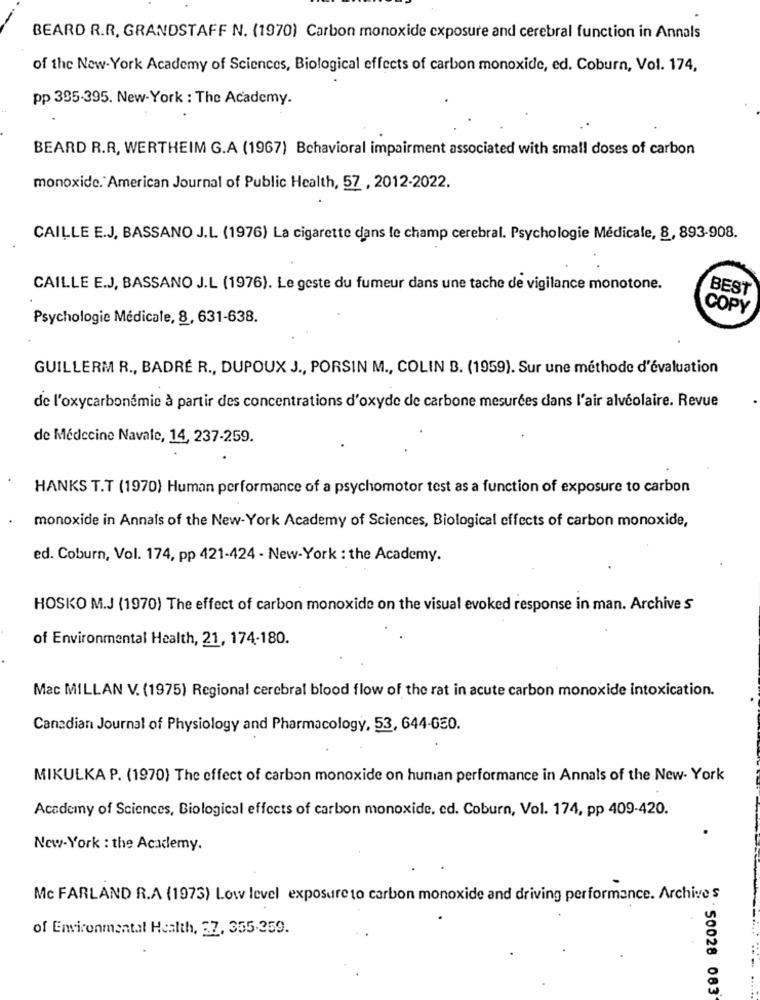
BEARD R.R. GRANDSTAFF N. (1970) Carbon monoxide exposure and cerebral function in Annals
of the New-York Academy of Sciences, Biological effects of carbon monoxide, ed. Coburn, Vol. 174,
pp 395-395. New-York : The Academy.
BEARD R.R, WERTHEIM G.A (1967) Behavioral impairment associated with small doses of carbon
monoxide.' American Journal of Public Health, 57 , 2012-2022.
CAILLE E.J, BASSANO J.L. (1976) La cigarette dans le champ cerebral. Psychologie Médicale, 8, 893-908.
CAILLE E.J, BASSANO J.L (1976). Le geste du fumeur dans une tache de vigilance monotone.
BEST
COPY
Psychologie Médicale, 8, 631-638.
GUILLERM R ., BADRÉ R ., DUPOUX J ., PORSIN M ., COLIN B. (1959). Sur une méthode d'évaluation
de l'oxycarbonémie à partir des concentrations d'oxyde de carbone mesurées dans l'air alvéolaire. Revue
de Médecine Navale, 14, 237-259.
HANKS T.T (1970) Human performance of a psychomotor test as a function of exposure to carbon
monoxide in Annals of the New York Academy of Sciences, Biological effects of carbon monoxide,
ed. Coburn, Vol. 174, pp 421-424 - New-York : the Academy.
HOSKO M.J (1970) The effect of carbon monoxide on the visual evoked response in man. Archive S
of Environmental Health, 21, 174-180.
Mac MILLAN V. (1975) Regional cerebral blood flow of the rat in acute carbon monoxide intoxication.
Canadian Journal of Physiology and Pharmacology, 53, 644-650.
MIKULKA P. (1970) The effect of carbon monoxide on human performance in Annals of the New- York
Academy of Sciences, Biological effects of carbon monoxide. ed. Coburn, Vol. 174, pp 409-420.
New-York : the Academy.
Mc FARLAND R.A (1973) Low level exposure to carbon monoxide and driving performance. Archives
of Environmental Health, 37, 355-359.
-
50028 083